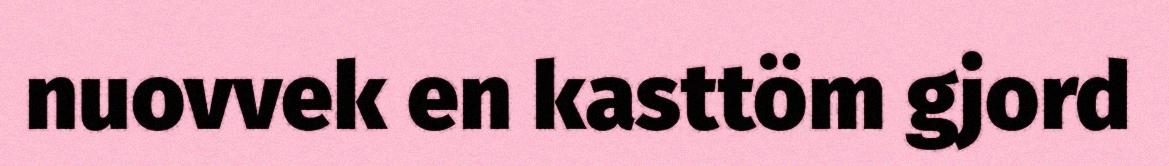
nuovvek en kasttöm gjord